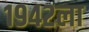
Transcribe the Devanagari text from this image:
१९४२ला